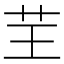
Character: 𦬬